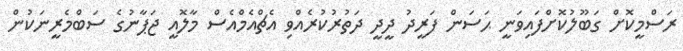
ރަސްމީކޮށް ގަބޫލުކޮށްފައިވަނީ ޙަސަން ފަރީދު ދީދީ ދަތުރުކުރެއްވި އެޗްއެމްއެސް މާލޮއީ ޖަޕާނުގެ ސަބްމެރީނަކުން